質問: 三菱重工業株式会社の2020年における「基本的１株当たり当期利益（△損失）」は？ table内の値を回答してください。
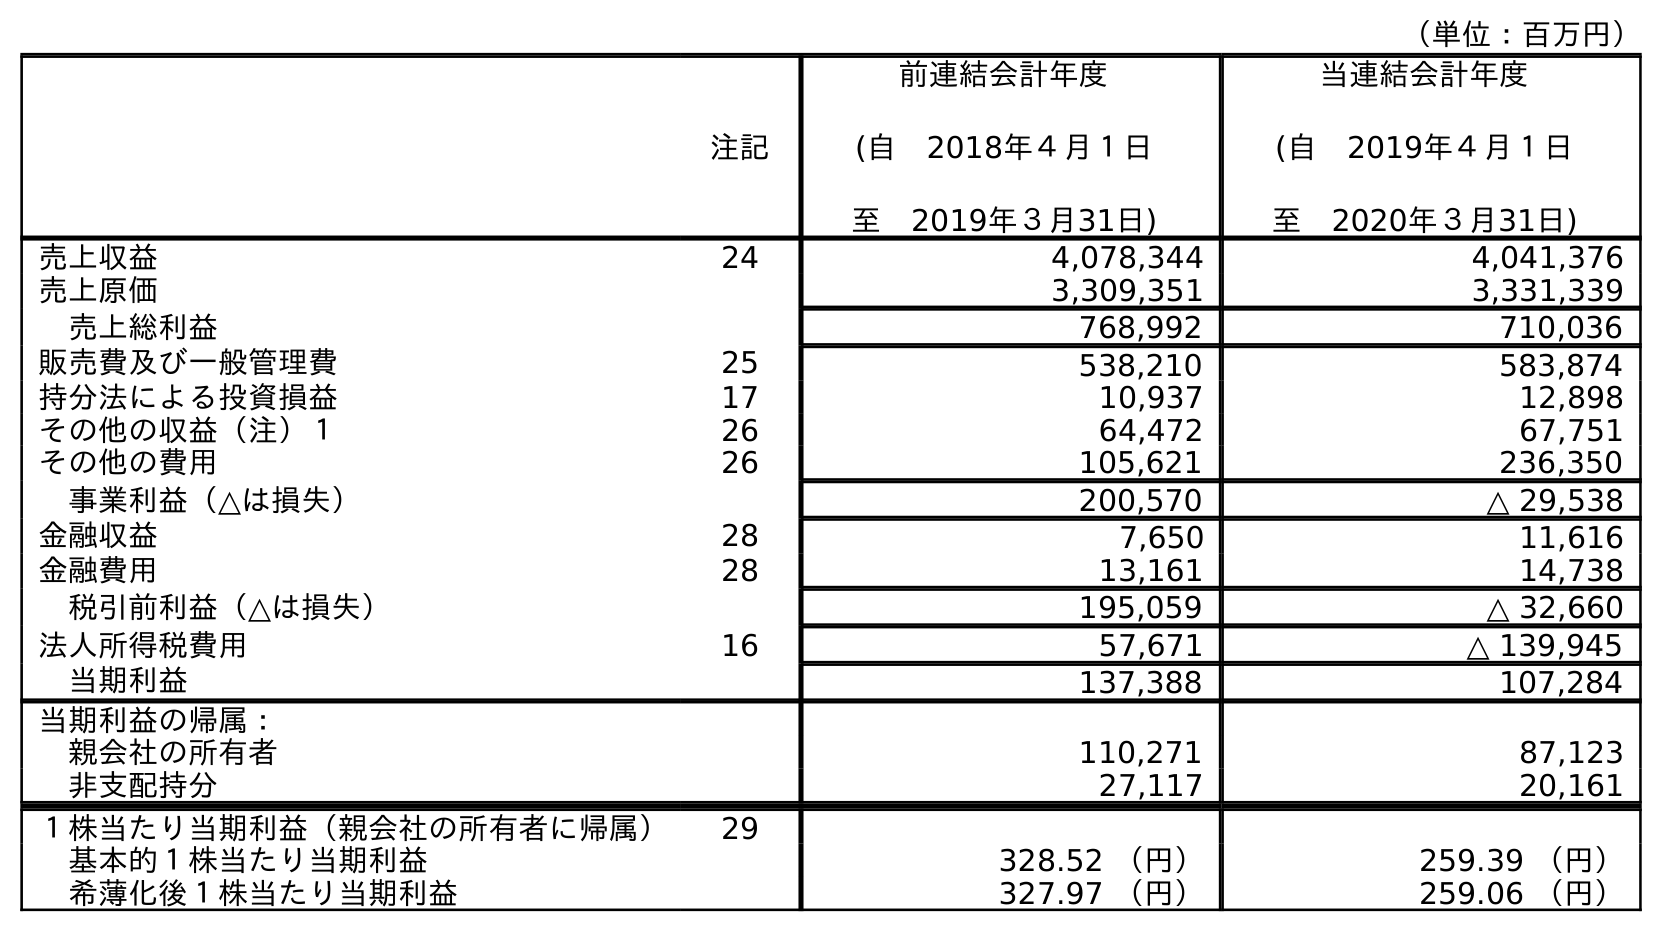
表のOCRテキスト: （単位：百万円） 注記 前連結会計年度 (自 2018年４月１日 至 2019年３月31日) 当連結会計年度 (自 2019年４月１日 至 2020年３月31日) 売上収益 24 4,078,344 4,041,376 売上原価 3,309,351 3,331,339 売上総利益 768,992 710,036 販売費及び一般管理費 25 538,210 583,874 持分法による投資損益 17 10,937 12,898 その他の収益（注）１ 26 64,472 67,751 その他の費用 26 105,621 236,350 事業利益（△は損失） 200,570 △ 29,538 金融収益 28 7,650 11,616 金融費用 28 13,161 14,738 税引前利益（△は損失） 195,059 △ 32,660 法人所得税費用 16 57,671 △ 139,945 当期利益 137,388 107,284 当期利益の帰属： 親会社の所有者 110,271 87,123 非支配持分 27,117 20,161 １株当たり当期利益（親会社の所有者に帰属） 29 基本的１株当たり当期利益 328.52 （円） 259.39 （円） 希薄化後１株当たり当期利益 327.97 （円） 259.06 （円）
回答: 259.39（円）